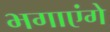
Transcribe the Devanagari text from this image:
भगाएंगे